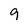
Character: g